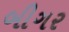
બીગર